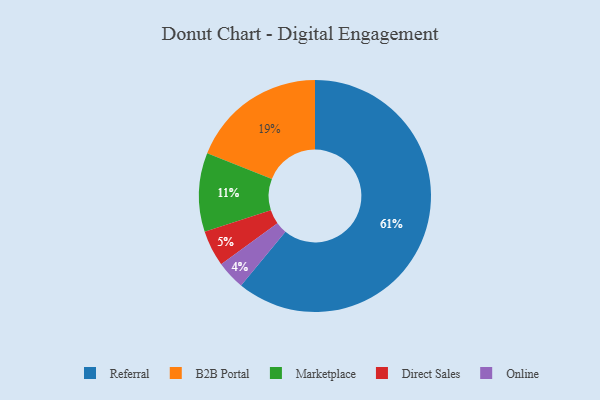
{"axis": {"x": "Category", "y": "Percentage"}, "legend": ["B2B Portal", "Direct Sales", "Marketplace", "Online", "Referral"], "data": [{"x": "Marketplace", "y": 11, "type": "Marketplace"}, {"x": "B2B Portal", "y": 19, "type": "B2B Portal"}, {"x": "Direct Sales", "y": 5, "type": "Direct Sales"}, {"x": "Online", "y": 4, "type": "Online"}, {"x": "Referral", "y": 61, "type": "Referral"}]}